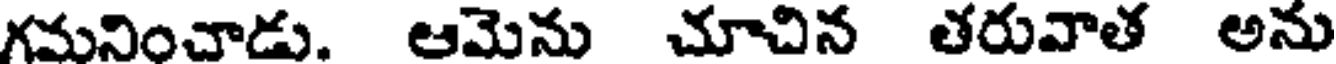
గమనించాడు. ఆమెను చూచిన తరువాత అను